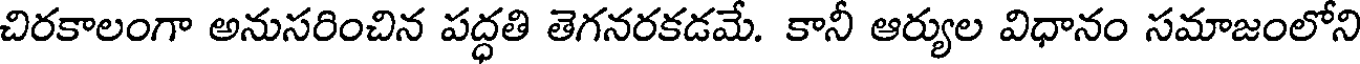
చిరకాలంగా అనుసరించిన పద్ధతి తెగనరకడమే. కానీ ఆర్యుల విధానం సమాజంలోని